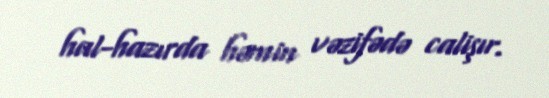
hal-hazırda həmin vəzifədə calişır.